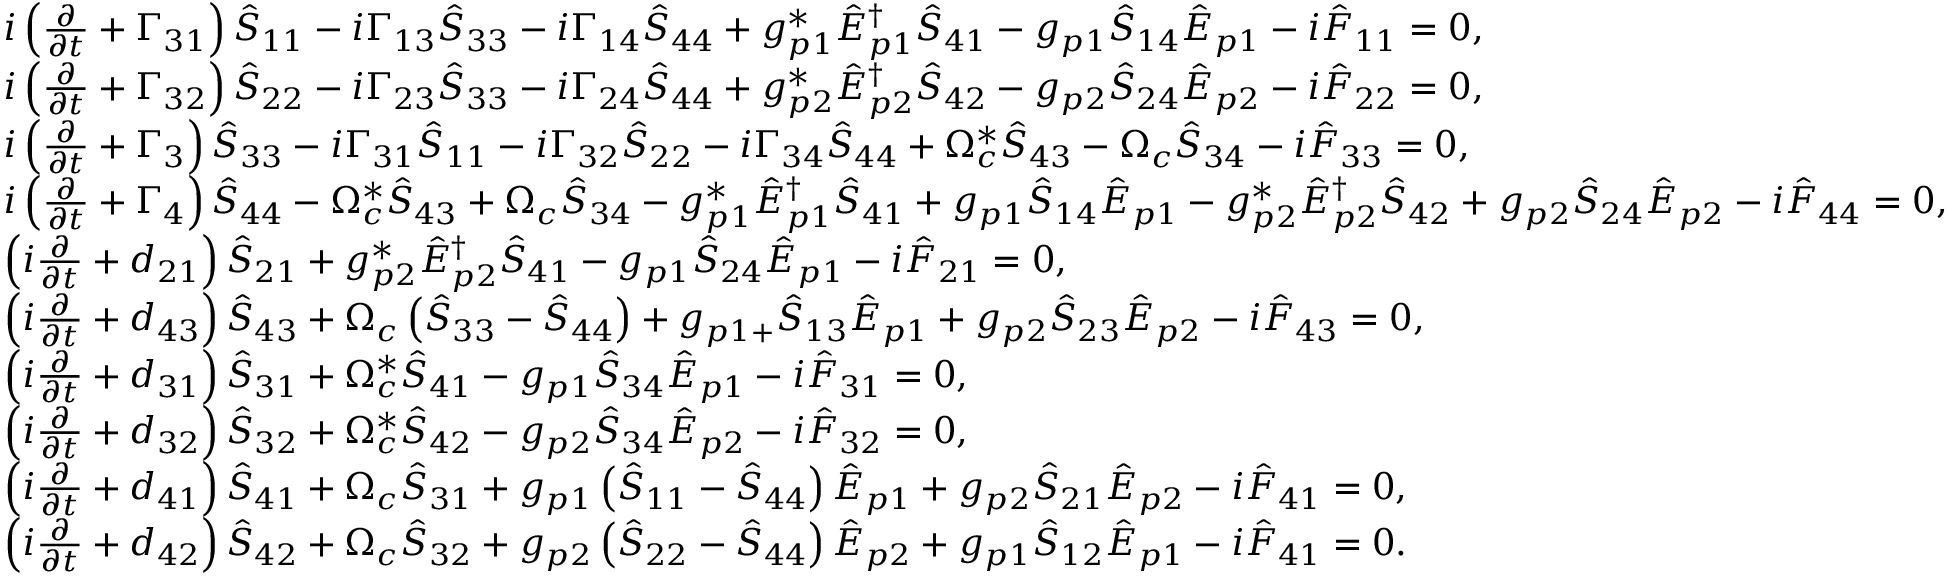
\begin{array} { r l } & { i \left( \frac { \partial } { \partial t } + \Gamma _ { 3 1 } \right) \hat { S } _ { 1 1 } - i \Gamma _ { 1 3 } \hat { S } _ { 3 3 } - i \Gamma _ { 1 4 } \hat { S } _ { 4 4 } + g _ { p 1 } ^ { \ast } { \hat { E } } _ { p 1 } ^ { \dag } \hat { S } _ { 4 1 } - g _ { p 1 } \hat { S } _ { 1 4 } { \hat { E } } _ { p 1 } - i { \hat { F } } _ { 1 1 } = 0 , } \\ & { i \left( \frac { \partial } { \partial t } + \Gamma _ { 3 2 } \right) \hat { S } _ { 2 2 } - i \Gamma _ { 2 3 } \hat { S } _ { 3 3 } - i \Gamma _ { 2 4 } \hat { S } _ { 4 4 } + g _ { p 2 } ^ { \ast } { \hat { E } } _ { p 2 } ^ { \dag } \hat { S } _ { 4 2 } - g _ { p 2 } \hat { S } _ { 2 4 } { \hat { E } } _ { p 2 } - i { \hat { F } } _ { 2 2 } = 0 , } \\ & { i \left( \frac { \partial } { \partial t } + \Gamma _ { 3 } \right) \hat { S } _ { 3 3 } - i \Gamma _ { 3 1 } \hat { S } _ { 1 1 } - i \Gamma _ { 3 2 } \hat { S } _ { 2 2 } - i \Gamma _ { 3 4 } \hat { S } _ { 4 4 } + \Omega _ { c } ^ { \ast } \hat { S } _ { 4 3 } - \Omega _ { c } \hat { S } _ { 3 4 } - i { \hat { F } } _ { 3 3 } = 0 , } \\ & { i \left( \frac { \partial } { \partial t } + \Gamma _ { 4 } \right) \hat { S } _ { 4 4 } - \Omega _ { c } ^ { \ast } \hat { S } _ { 4 3 } + \Omega _ { c } \hat { S } _ { 3 4 } - g _ { p 1 } ^ { \ast } { \hat { E } } _ { p 1 } ^ { \dag } \hat { S } _ { 4 1 } + g _ { p 1 } \hat { S } _ { 1 4 } { \hat { E } } _ { p 1 } - g _ { p 2 } ^ { \ast } { \hat { E } } _ { p 2 } ^ { \dag } \hat { S } _ { 4 2 } + g _ { p 2 } \hat { S } _ { 2 4 } { \hat { E } } _ { p 2 } - i { \hat { F } } _ { 4 4 } = 0 , } \\ & { \left( i \frac { \partial } { \partial t } + d _ { 2 1 } \right) \hat { S } _ { 2 1 } + g _ { p 2 } ^ { \ast } { \hat { E } } _ { p 2 } ^ { \dag } \hat { S } _ { 4 1 } - g _ { p 1 } \hat { S } _ { 2 4 } { \hat { E } } _ { p 1 } - i { \hat { F } } _ { 2 1 } = 0 , } \\ & { \left( i \frac { \partial } { \partial t } + d _ { 4 3 } \right) \hat { S } _ { 4 3 } + \Omega _ { c } \left( \hat { S } _ { 3 3 } - \hat { S } _ { 4 4 } \right) + g _ { p 1 + } \hat { S } _ { 1 3 } { \hat { E } } _ { p 1 } + g _ { p 2 } \hat { S } _ { 2 3 } { \hat { E } } _ { p 2 } - i { \hat { F } } _ { 4 3 } = 0 , } \\ & { \left( i \frac { \partial } { \partial t } + d _ { 3 1 } \right) \hat { S } _ { 3 1 } + \Omega _ { c } ^ { \ast } \hat { S } _ { 4 1 } - g _ { p 1 } \hat { S } _ { 3 4 } { \hat { E } } _ { p 1 } - i { \hat { F } } _ { 3 1 } = 0 , } \\ & { \left( i \frac { \partial } { \partial t } + d _ { 3 2 } \right) \hat { S } _ { 3 2 } + \Omega _ { c } ^ { \ast } \hat { S } _ { 4 2 } - g _ { p 2 } \hat { S } _ { 3 4 } { \hat { E } } _ { p 2 } - i { \hat { F } } _ { 3 2 } = 0 , } \\ & { \left( i \frac { \partial } { \partial t } + d _ { 4 1 } \right) \hat { S } _ { 4 1 } + \Omega _ { c } \hat { S } _ { 3 1 } + g _ { p 1 } \left( \hat { S } _ { 1 1 } - \hat { S } _ { 4 4 } \right) { \hat { E } } _ { p 1 } + g _ { p 2 } \hat { S } _ { 2 1 } { \hat { E } } _ { p 2 } - i { \hat { F } } _ { 4 1 } = 0 , } \\ & { \left( i \frac { \partial } { \partial t } + d _ { 4 2 } \right) \hat { S } _ { 4 2 } + \Omega _ { c } \hat { S } _ { 3 2 } + g _ { p 2 } \left( \hat { S } _ { 2 2 } - \hat { S } _ { 4 4 } \right) { \hat { E } } _ { p 2 } + g _ { p 1 } \hat { S } _ { 1 2 } { \hat { E } } _ { p 1 } - i { \hat { F } } _ { 4 1 } = 0 . } \end{array}